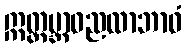
ဣတ္ထမ္ဘာဝညထာဘာဝံ